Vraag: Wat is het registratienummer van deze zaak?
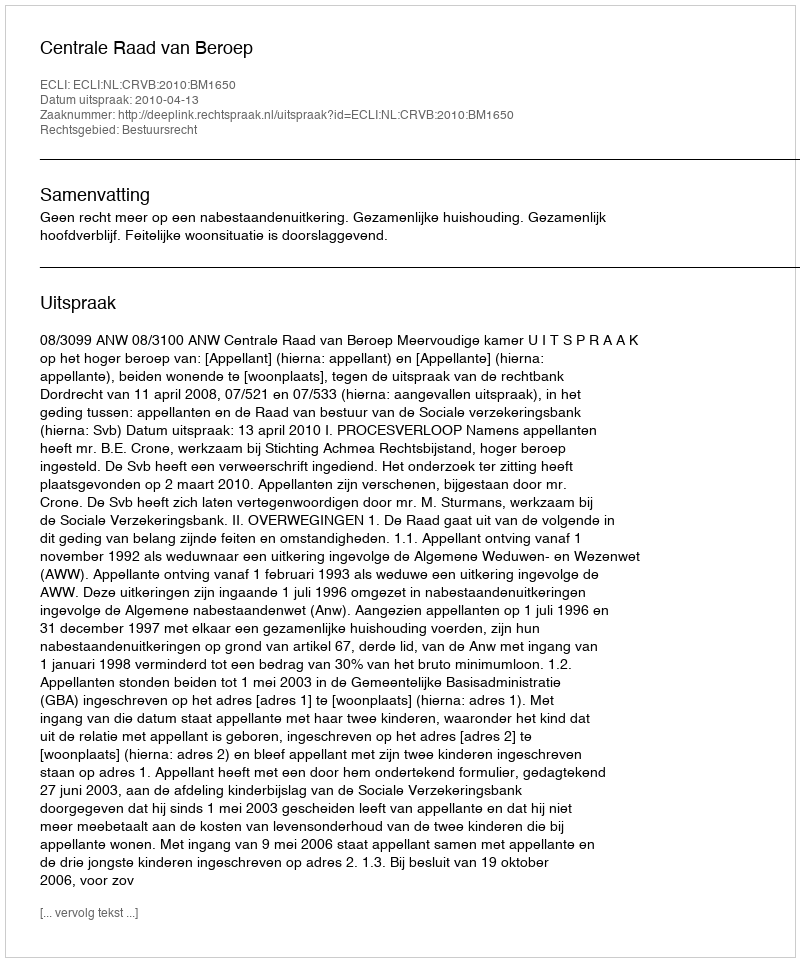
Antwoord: http://deeplink.rechtspraak.nl/uitspraak?id=ECLI:NL:CRVB:2010:BM1650